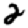
Digit: 2